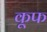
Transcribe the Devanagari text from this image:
कूफ